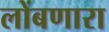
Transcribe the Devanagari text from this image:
लोंबणारा